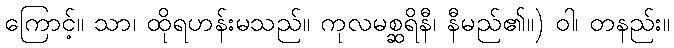
ကြောင့်။ သာ၊ ထိုရဟန်းမသည်။ ကုလမစ္ဆရိနီ၊ နီမည်၏။) ဝါ၊ တနည်း။